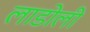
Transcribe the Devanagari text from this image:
लाडोली